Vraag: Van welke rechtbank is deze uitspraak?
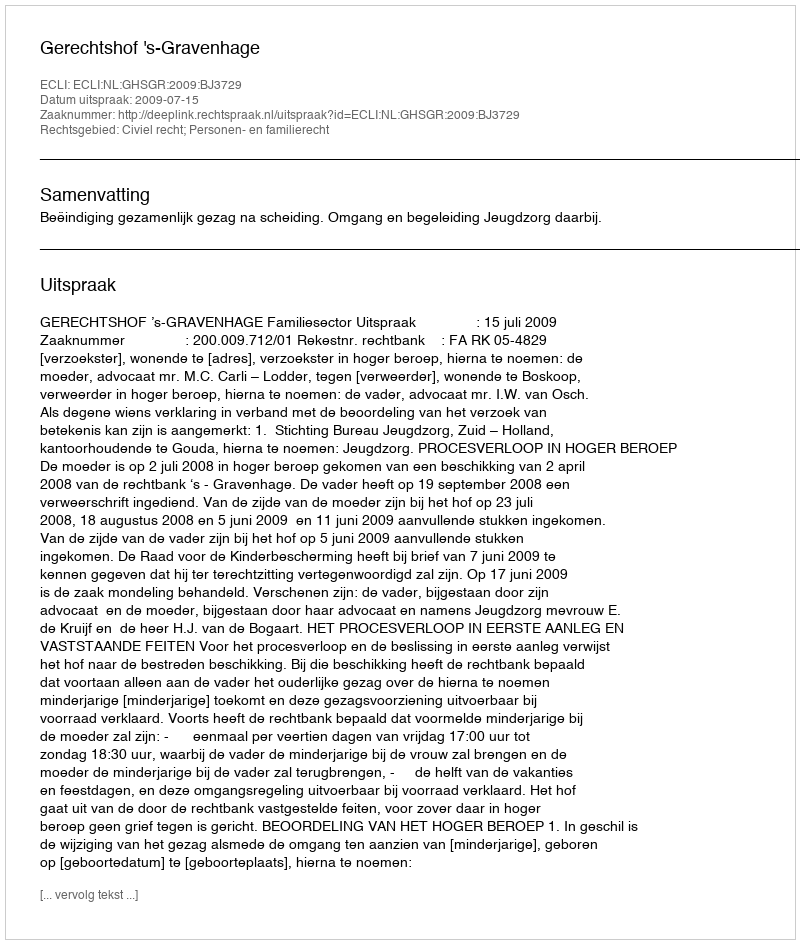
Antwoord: Gerechtshof 's-Gravenhage